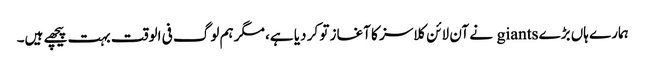
ہمارے ہاں بڑے giants نے آن لائن کلاسز کا آغاز تو کر دیا ہے، مگر ہم لوگ فی الوقت بہت پیچھے ہیں۔